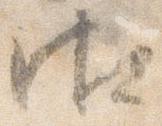
御